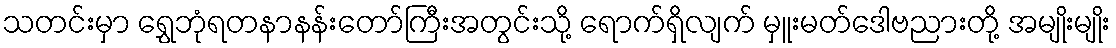
သတင်းမှာ ရွှေဘုံရတနာနန်းတော်ကြီးအတွင်းသို့ ရောက်ရှိလျက် မှူးမတ်ဒေါဗညားတို့ အမျိုးမျိုး